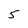
Character: 5